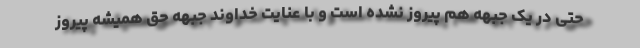
حتی در یک جبهه هم پیروز نشده است و با عنایت خداوند جبهه حق همیشه پیروز